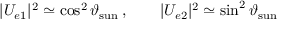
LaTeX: | U _ { e 1 } | ^ { 2 } \simeq \cos ^ { 2 } \vartheta _ { \mathrm { s u n } } \, , \qquad | U _ { e 2 } | ^ { 2 } \simeq \sin ^ { 2 } \vartheta _ { \mathrm { s u n } }